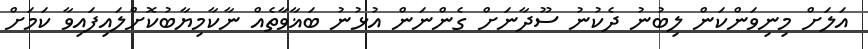
އަލަށް މިނިވަންކަން ލިބުނު ދެކުނު ސޫދާނަށް ގެންނަން އުޅުނު ބަޣާވާތެއް ނާކާމިޔާބުކޮށްލައިފައިވާ ކަމަށް